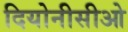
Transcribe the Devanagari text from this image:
दियोनीसीओ